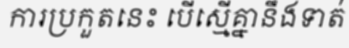
ការប្រកួតនេះ បើស្មើគ្នានឹងទាត់